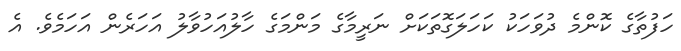
ހަފުތާގެ ކޮންމެ ދުވަހަކު ކަހަލަގޮތަކަށް ނަރީމާގެ މަންމަގެ ހާލުއަހުވާލު އަހަރެން އަހަމެވެ. އެ